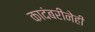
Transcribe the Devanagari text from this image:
कादंबरीनेही